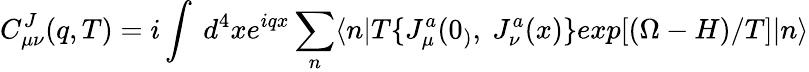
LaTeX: C_{\mu\nu}^{J}(q,T)=i\int~d^{4}xe^{iqx}\sum_{n}\langle n|T\{ J_{\mu}^{a}(0_{)},~J_{\nu}^{a}(x)\} exp[(\Omega-H)/T]|n\rangle